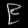
Digit: ၉